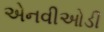
એનવીઓડી